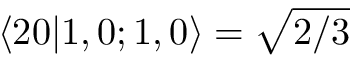
\langle 2 0 | 1 , 0 ; 1 , 0 \rangle = \sqrt { 2 / 3 }